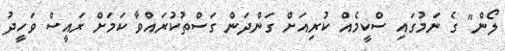
ލޯން" ގެ ނަމުގައި ސްކީމެއް ކުރިއަށް ގަންދަން ގަސްތުކުރައްވާ ކަމަށް ރައީސް ވަހީދު